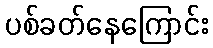
ပစ်ခတ်နေကြောင်း